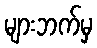
များဘက်မှ